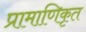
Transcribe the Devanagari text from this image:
प्रामाणिकृत